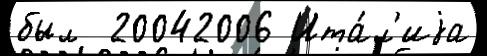
был  20042006 Ита́л'иjа